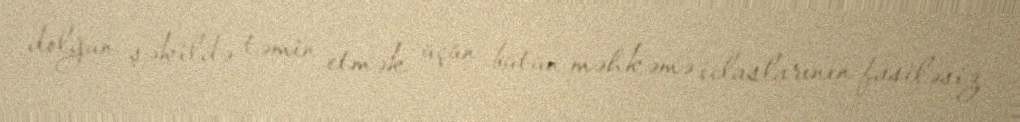
dolğun şəkildə təmin etmək üçün bütün məhkəmə iclaslarının fasiləsiz